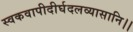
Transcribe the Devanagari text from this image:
स्वकवापीदीर्घदलव्यासानि।।